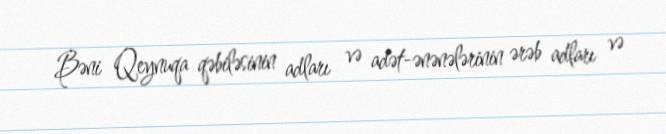
Bəni Qeynuqa qəbiləsinin adları və adət-ənənələrinin ərəb adları və